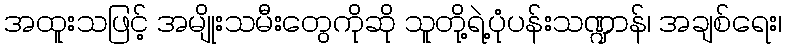
အထူးသဖြင့် အမျိုးသမီးတွေကိုဆို သူတို့ရဲ့ပုံပန်းသဏ္ဍာန်၊ အချစ်ရေး၊